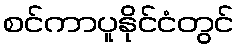
စင်ကာပူနိုင်ငံတွင်